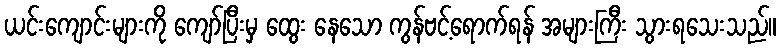
ယင်းကျောင်းများကို ကျော်ပြီးမှ ထွေး နေသော ကွန်ဗင့်ရောက်ရန် အများကြီး သွားရသေးသည်။